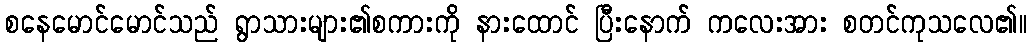
စနေမောင်မောင်သည် ရွာသားများ၏စကားကို နားထောင် ပြီးနောက် ကလေးအား စတင်ကုသလေ၏။